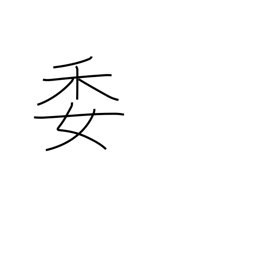
Meaning: committee